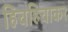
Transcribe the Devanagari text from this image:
हिचहिचाकर